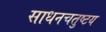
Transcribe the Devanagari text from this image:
साधनचतुष्टय